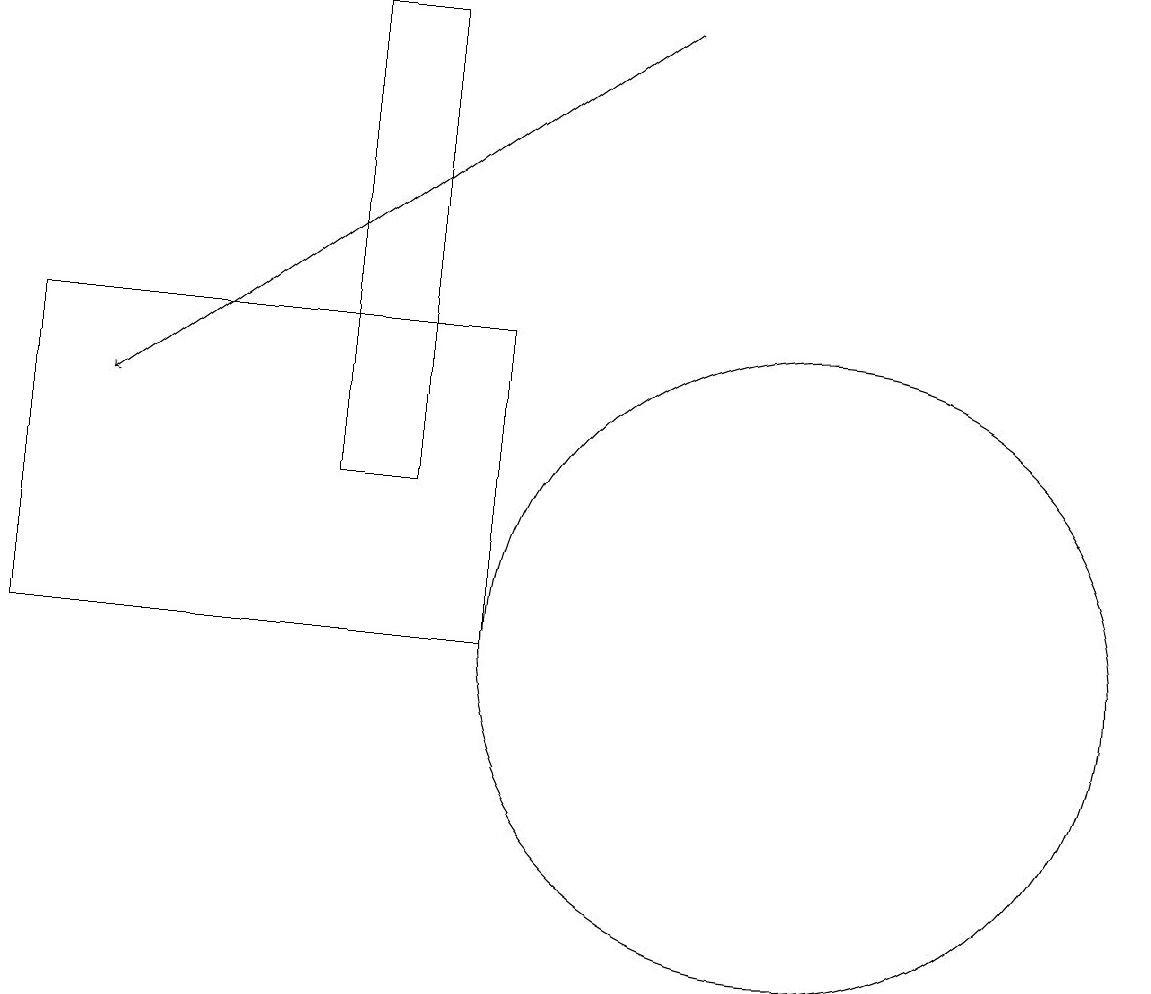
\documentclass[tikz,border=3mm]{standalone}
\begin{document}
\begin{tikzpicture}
\draw (10,11) circle (4);
\draw (6,11) rectangle (0,15);
\draw (4,13) rectangle (5,19);
\draw[->] (8,19) -- (1,14);
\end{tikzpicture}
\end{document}